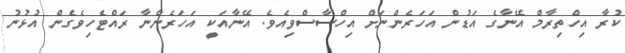
ކުރާ އިހްތިރާމް އޭނާގެ އަޑުން އަހަރެންނަށް އިހްސާސްވިއެވެ. އޭނާއަކީ އަހަރެންނާ ރައްޓެހިވެގެން އުޅުނު